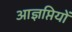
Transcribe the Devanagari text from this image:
आज्ञप्तियों